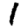
Digit: 1